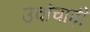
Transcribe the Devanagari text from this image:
उवांचाही